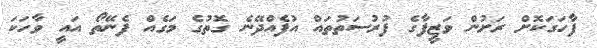
ފާހަގަކޮށް ރަށުން ވަޒީފާގެ ފުރުސަތުތައް އުފެއްދޭނެ ގޮތުގެ މަގެއް ފެނޭތޯ އައީ ވާހަކަ